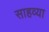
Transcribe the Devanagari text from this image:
साहव्या